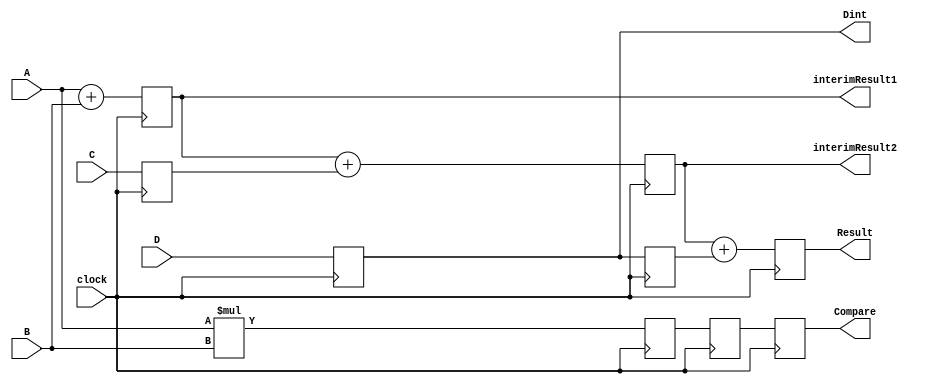
module pr (clock,A,B,C,D,Compare,Result,interimResult1,interimResult2,Dint);
input A,B,C,D,clock;
output reg Compare,Dint,Result,interimResult1,interimResult2;
reg Cnew,Dnew,InterimComparel,InterimCompare2;
always @ ( posedge clock ) begin 
interimResult1 <= A + B ;
Cnew <= C ; 
Dint <= D ; 
Dnew <= Dint ; 
interimResult2 <= interimResult1 + Cnew ; 
Result <= interimResult2 + Dnew ;
InterimComparel <= A * B ;
InterimCompare2 <= InterimComparel ; 
Compare <= InterimCompare2 ; 
end
endmodule